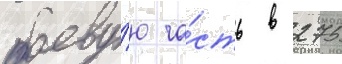
боеву́ю ча́сть в 275